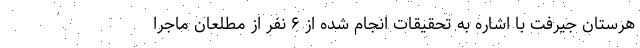
هرستان جیرفت با اشاره به تحقیقات انجام شده از ۶ نفر از مطلعان ماجرا